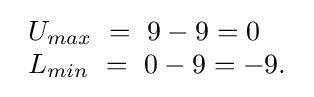
{\begin{array}{lcr}U_{max}\ =\ 9-9=0\\L_{min}\ =\ 0-9=-9.\\\end{array}}